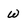
Character: W